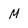
Character: M